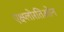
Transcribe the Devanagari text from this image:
एक्ष्प्लोरतिओन